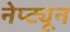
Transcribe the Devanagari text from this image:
नेप्ट्यून